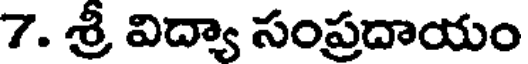
7. శ్రీ విద్యా సంప్రదాయం